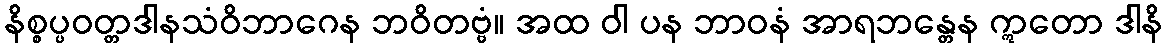
နိစ္စပ္ပဝတ္တဒါနသံဝိဘာဂေန ဘဝိတဗ္ဗံ။ အထ ဝါ ပန ဘာဝနံ အာရဘန္တေန ဣတော ဒါနိ